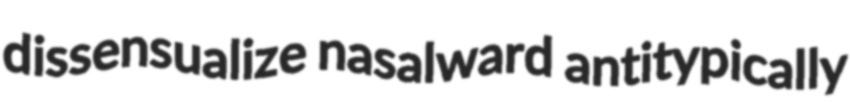
dissensualize nasalward antitypically